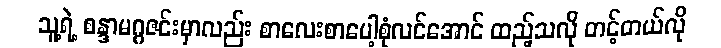
သူ့ရဲ့ စန္ဒာမဂ္ဂဇင်းမှာလည်း စာလေးစာပေါ့စုံလင်အောင် ထည့်သလို တင့်တယ်လို